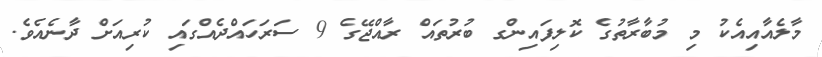
މާލެއާއިއެކު މި މުބާރާތުގެ ކޮލިފައިންގ ބުރުތައް ރާއްޖޭގެ 9 ސަރަހައްދެއްގައި ކުރިއަށް ދާނެއެވެ.